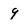
Character: 9